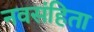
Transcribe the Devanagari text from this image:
नवसंहिता